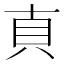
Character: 𰶱